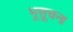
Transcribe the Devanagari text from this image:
भूसूचना